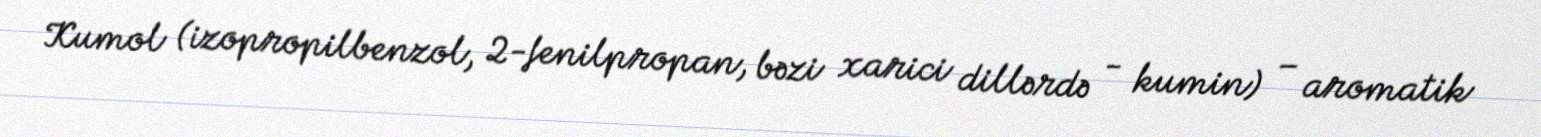
Kumol (izopropilbenzol, 2-fenilpropan, bəzi xarici dillərdə - kumin) – aromatik